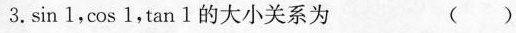
3.sin 1,cos 1,tan 1的大小关系为 ( )